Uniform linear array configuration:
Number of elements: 8
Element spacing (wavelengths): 0.25
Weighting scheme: blackman
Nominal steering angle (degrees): -60
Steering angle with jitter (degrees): -58.312
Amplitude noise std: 0.05
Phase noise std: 0.05

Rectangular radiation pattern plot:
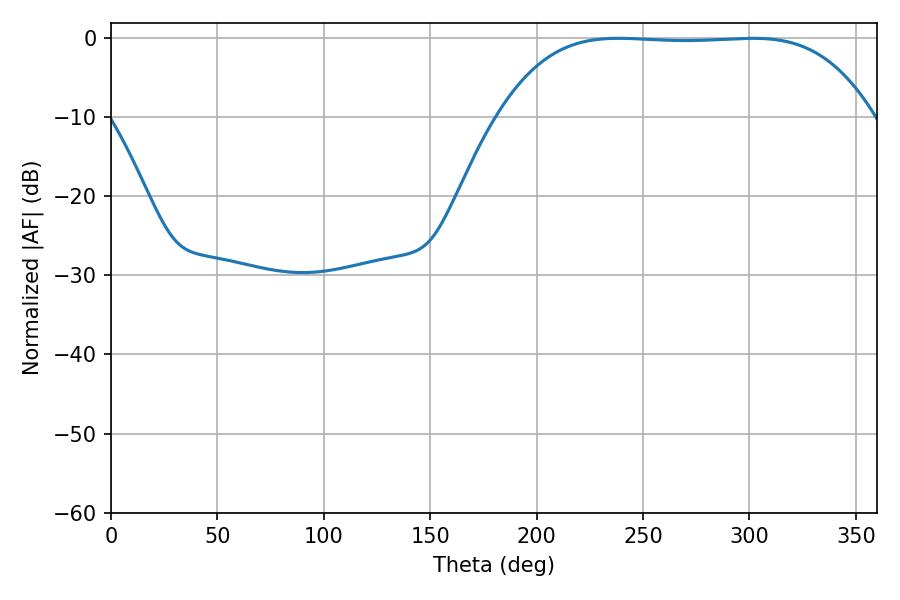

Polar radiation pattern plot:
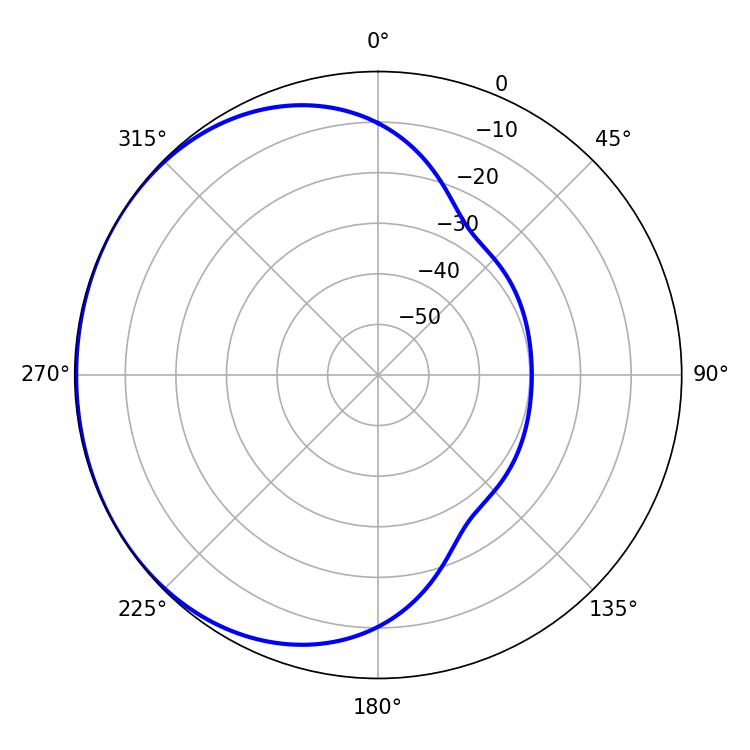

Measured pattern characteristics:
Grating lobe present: FALSE
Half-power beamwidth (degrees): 135.36
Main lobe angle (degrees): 238.5